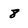
Character: 8